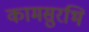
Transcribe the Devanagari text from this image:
कामसुरभि